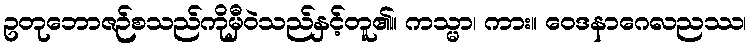
ဥတုဘောဇဉ်စသည်ကိုမှီဝဲသည်နှင့်တူ၏။ ကသ္မာ၊ ကား။ ဝေဒနာဂေလညဿ၊